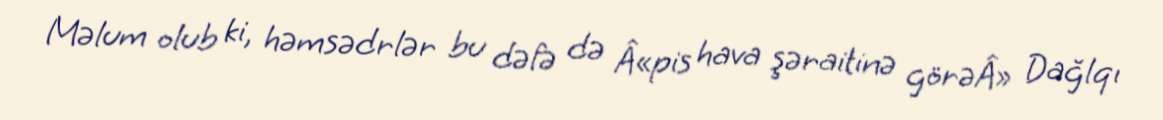
Məlum olub ki, həmsədrlər bu dəfə də Â«pis hava şəraitinə görəÂ» Dağlqı